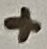
Text: +